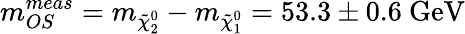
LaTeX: m_{OS}^{meas}=m_{\tilde{\chi}_{2}^{0}}-m_{\tilde{\chi}_{1}^{0}}=53.3\pm 0.6\mathrm{\ GeV}